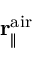
{ \bf r } _ { \parallel } ^ { \mathrm { a i r } }